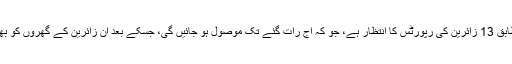
قرنطینہ سنٹر ذرائع کے مطابق 13 زائرین کی رپورٹس کا انتظار ہے، جو کہ آج رات گئے تک موصول ہو جائیں گی، جسکے بعد ان زائرین کے گھروں کو بھجوانے کا فیصلہ کیا جائیگا۔